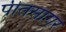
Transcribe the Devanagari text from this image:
पीतसागर